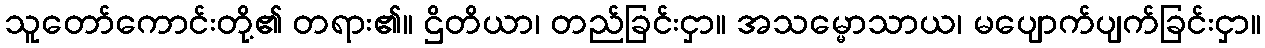
သူတော်ကောင်းတို့၏ တရား၏။ ဌိတိယာ၊ တည်ခြင်းငှာ။ အသမ္မောသာယ၊ မပျောက်ပျက်ခြင်းငှာ။